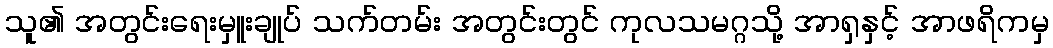
သူ၏ အတွင်းရေးမှူးချုပ် သက်တမ်း အတွင်းတွင် ကုလသမဂ္ဂသို့ အာရှနှင့် အာဖရိကမှ